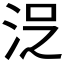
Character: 𱦍